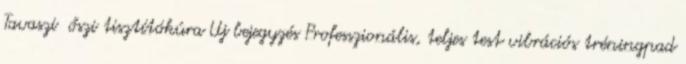
Tavaszi őszi tisztítókúra Uj bejegyzés Professzionális, teljes test vibrációs tréningpad